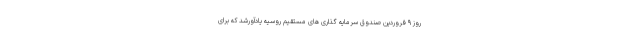
روز ۹ فروردین صندوق سرمایه گذاری‌ های مستقیم روسیه یادآورشد که برای